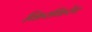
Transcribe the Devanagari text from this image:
किरकिरेंच